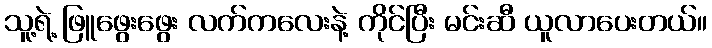
သူ့ရဲ့ ဖြူဖွေးဖွေး လက်ကလေးနဲ့ ကိုင်ပြီး မင်းဆီ ယူလာပေးတယ်။